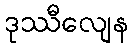
ဒုဿီလျေန